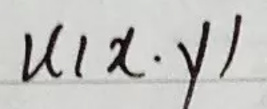
$u(x,y)$